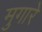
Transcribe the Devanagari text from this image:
मुगारे